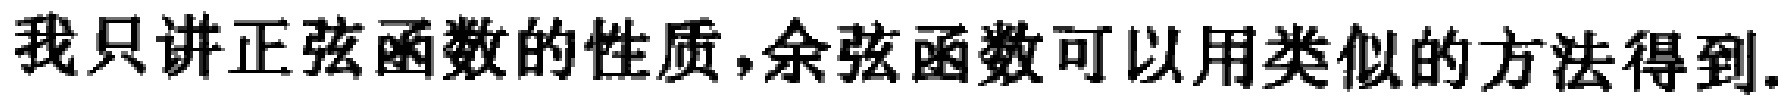
我只讲正弦函数的性质,余弦函数可以用类似的方法得到.